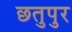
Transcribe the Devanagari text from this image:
छतुपुर